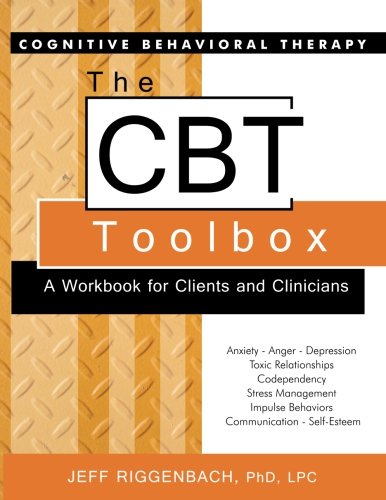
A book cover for The CBT Toolbox: A Workbook for Clients and Clinicians; Jeff Riggenbach; Medical Books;